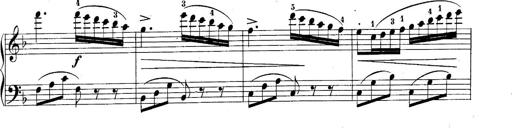
Title: 10 Sonatines progressives
Composer: Anton Schmoll